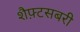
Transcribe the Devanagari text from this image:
शैफ़्टसबरी